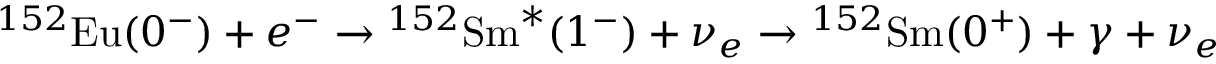
{ } ^ { 1 5 2 } \mathrm { E u } ( 0 ^ { - } ) + e ^ { - } \rightarrow { } ^ { 1 5 2 } \mathrm { S m } ^ { * } ( 1 ^ { - } ) + \nu _ { e } \rightarrow { } ^ { 1 5 2 } \mathrm { S m } ( 0 ^ { + } ) + \gamma + \nu _ { e }